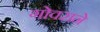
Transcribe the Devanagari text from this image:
गोवराने